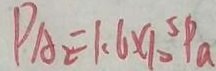
P A _ { 2 } = 1 . 6 \times 1 0 ^ { 5 } P _ { a }